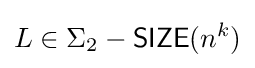
L\in \Sigma _{2}-{\mathsf {SIZE}}(n^{k})